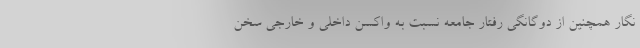
نگار همچنین از دوگانگی رفتار جامعه نسبت به واکسن داخلی و خارجی سخن